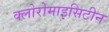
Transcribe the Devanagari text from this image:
क्लोरोमाइसिटीन